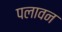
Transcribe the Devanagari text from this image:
पलावन